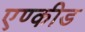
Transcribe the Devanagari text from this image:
एण्कीड